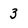
Character: 3